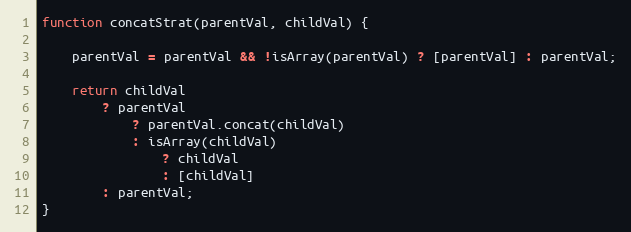
Language: JavaScript
function concatStrat(parentVal, childVal) {

    parentVal = parentVal && !isArray(parentVal) ? [parentVal] : parentVal;

    return childVal
        ? parentVal
            ? parentVal.concat(childVal)
            : isArray(childVal)
                ? childVal
                : [childVal]
        : parentVal;
}